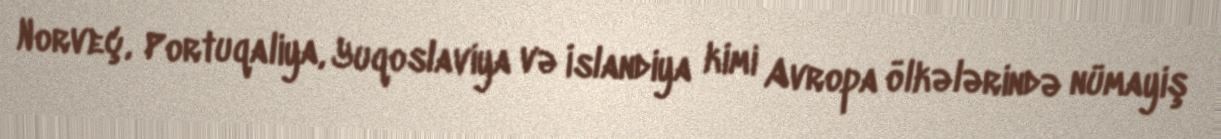
Norveç, Portuqaliya, Yuqoslaviya və İslandiya kimi Avropa ölkələrində nümayiş